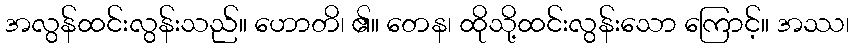
အလွန်ထင်းလွန်းသည်။ ဟောတိ၊ ၏။ တေန၊ ထိုသို့ထင်းလွန်းသော ကြောင့်။ အဿ၊